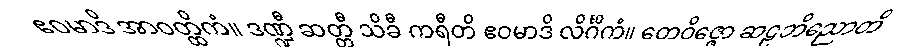
ဧဝမာဒိ အာဝတ္ထိကံ။ ဒဏ္ဍီ ဆတ္တီ သိခီ ကရီတိ ဧဝမာဒိ လိင်္ဂိကံ။ တေဝိဇ္ဇော ဆဠဘိညောတိ